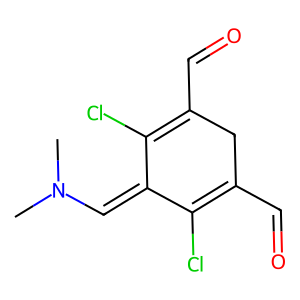
SMILES: CN(C)C=C1C(Cl)=C(C=O)CC(C=O)=C1Cl
Inhibits HIV replication: No